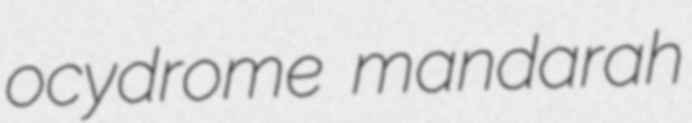
ocydrome mandarah